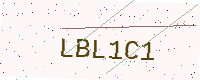
Text: LBL1C1